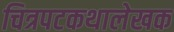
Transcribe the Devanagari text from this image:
चित्रपटकथालेखक